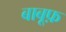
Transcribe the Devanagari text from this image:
बाबूफ़